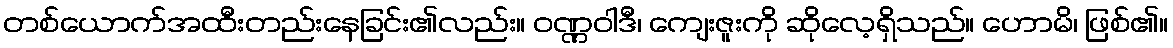
တစ်ယောက်အထီးတည်းနေခြင်း၏လည်း။ ဝဏ္ဏဝါဒီ၊ ကျေးဇူးကို ဆိုလေ့ရှိသည်။ ဟောမိ၊ ဖြစ်၏။